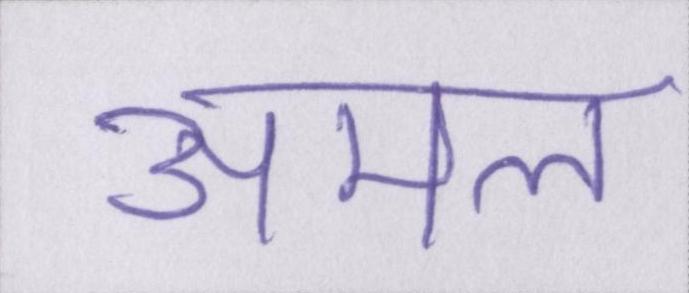
अमल